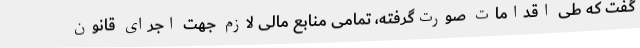
گفت که طی اقدامات صورت‌گرفته، تمامی منابع مالی لازم جهت اجرای قانون